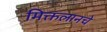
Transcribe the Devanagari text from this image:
मिक्तलानचे